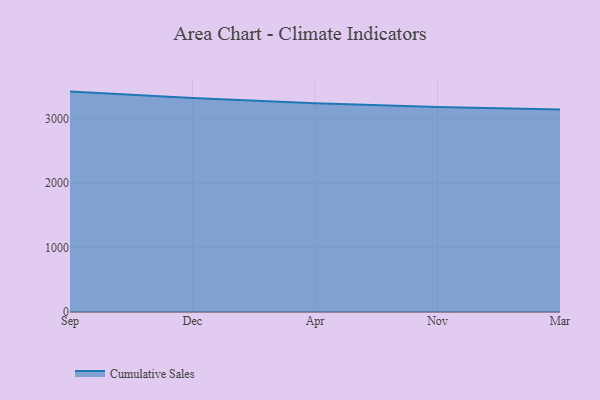
{"axis": {"x": "Month", "y": "Headcount"}, "legend": ["Cumulative Sales"], "data": [{"x": "Sep", "y": 3421.3, "type": "Cumulative Sales"}, {"x": "Dec", "y": 3322.8, "type": "Cumulative Sales"}, {"x": "Apr", "y": 3240.0, "type": "Cumulative Sales"}, {"x": "Nov", "y": 3183.4, "type": "Cumulative Sales"}, {"x": "Mar", "y": 3141.7, "type": "Cumulative Sales"}]}